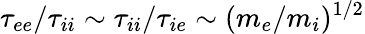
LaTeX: \tau_{ee}/\tau_{ii}\sim\tau_{ii}/\tau_{ie}\sim(m_{e}/m_{i})^{1/2}